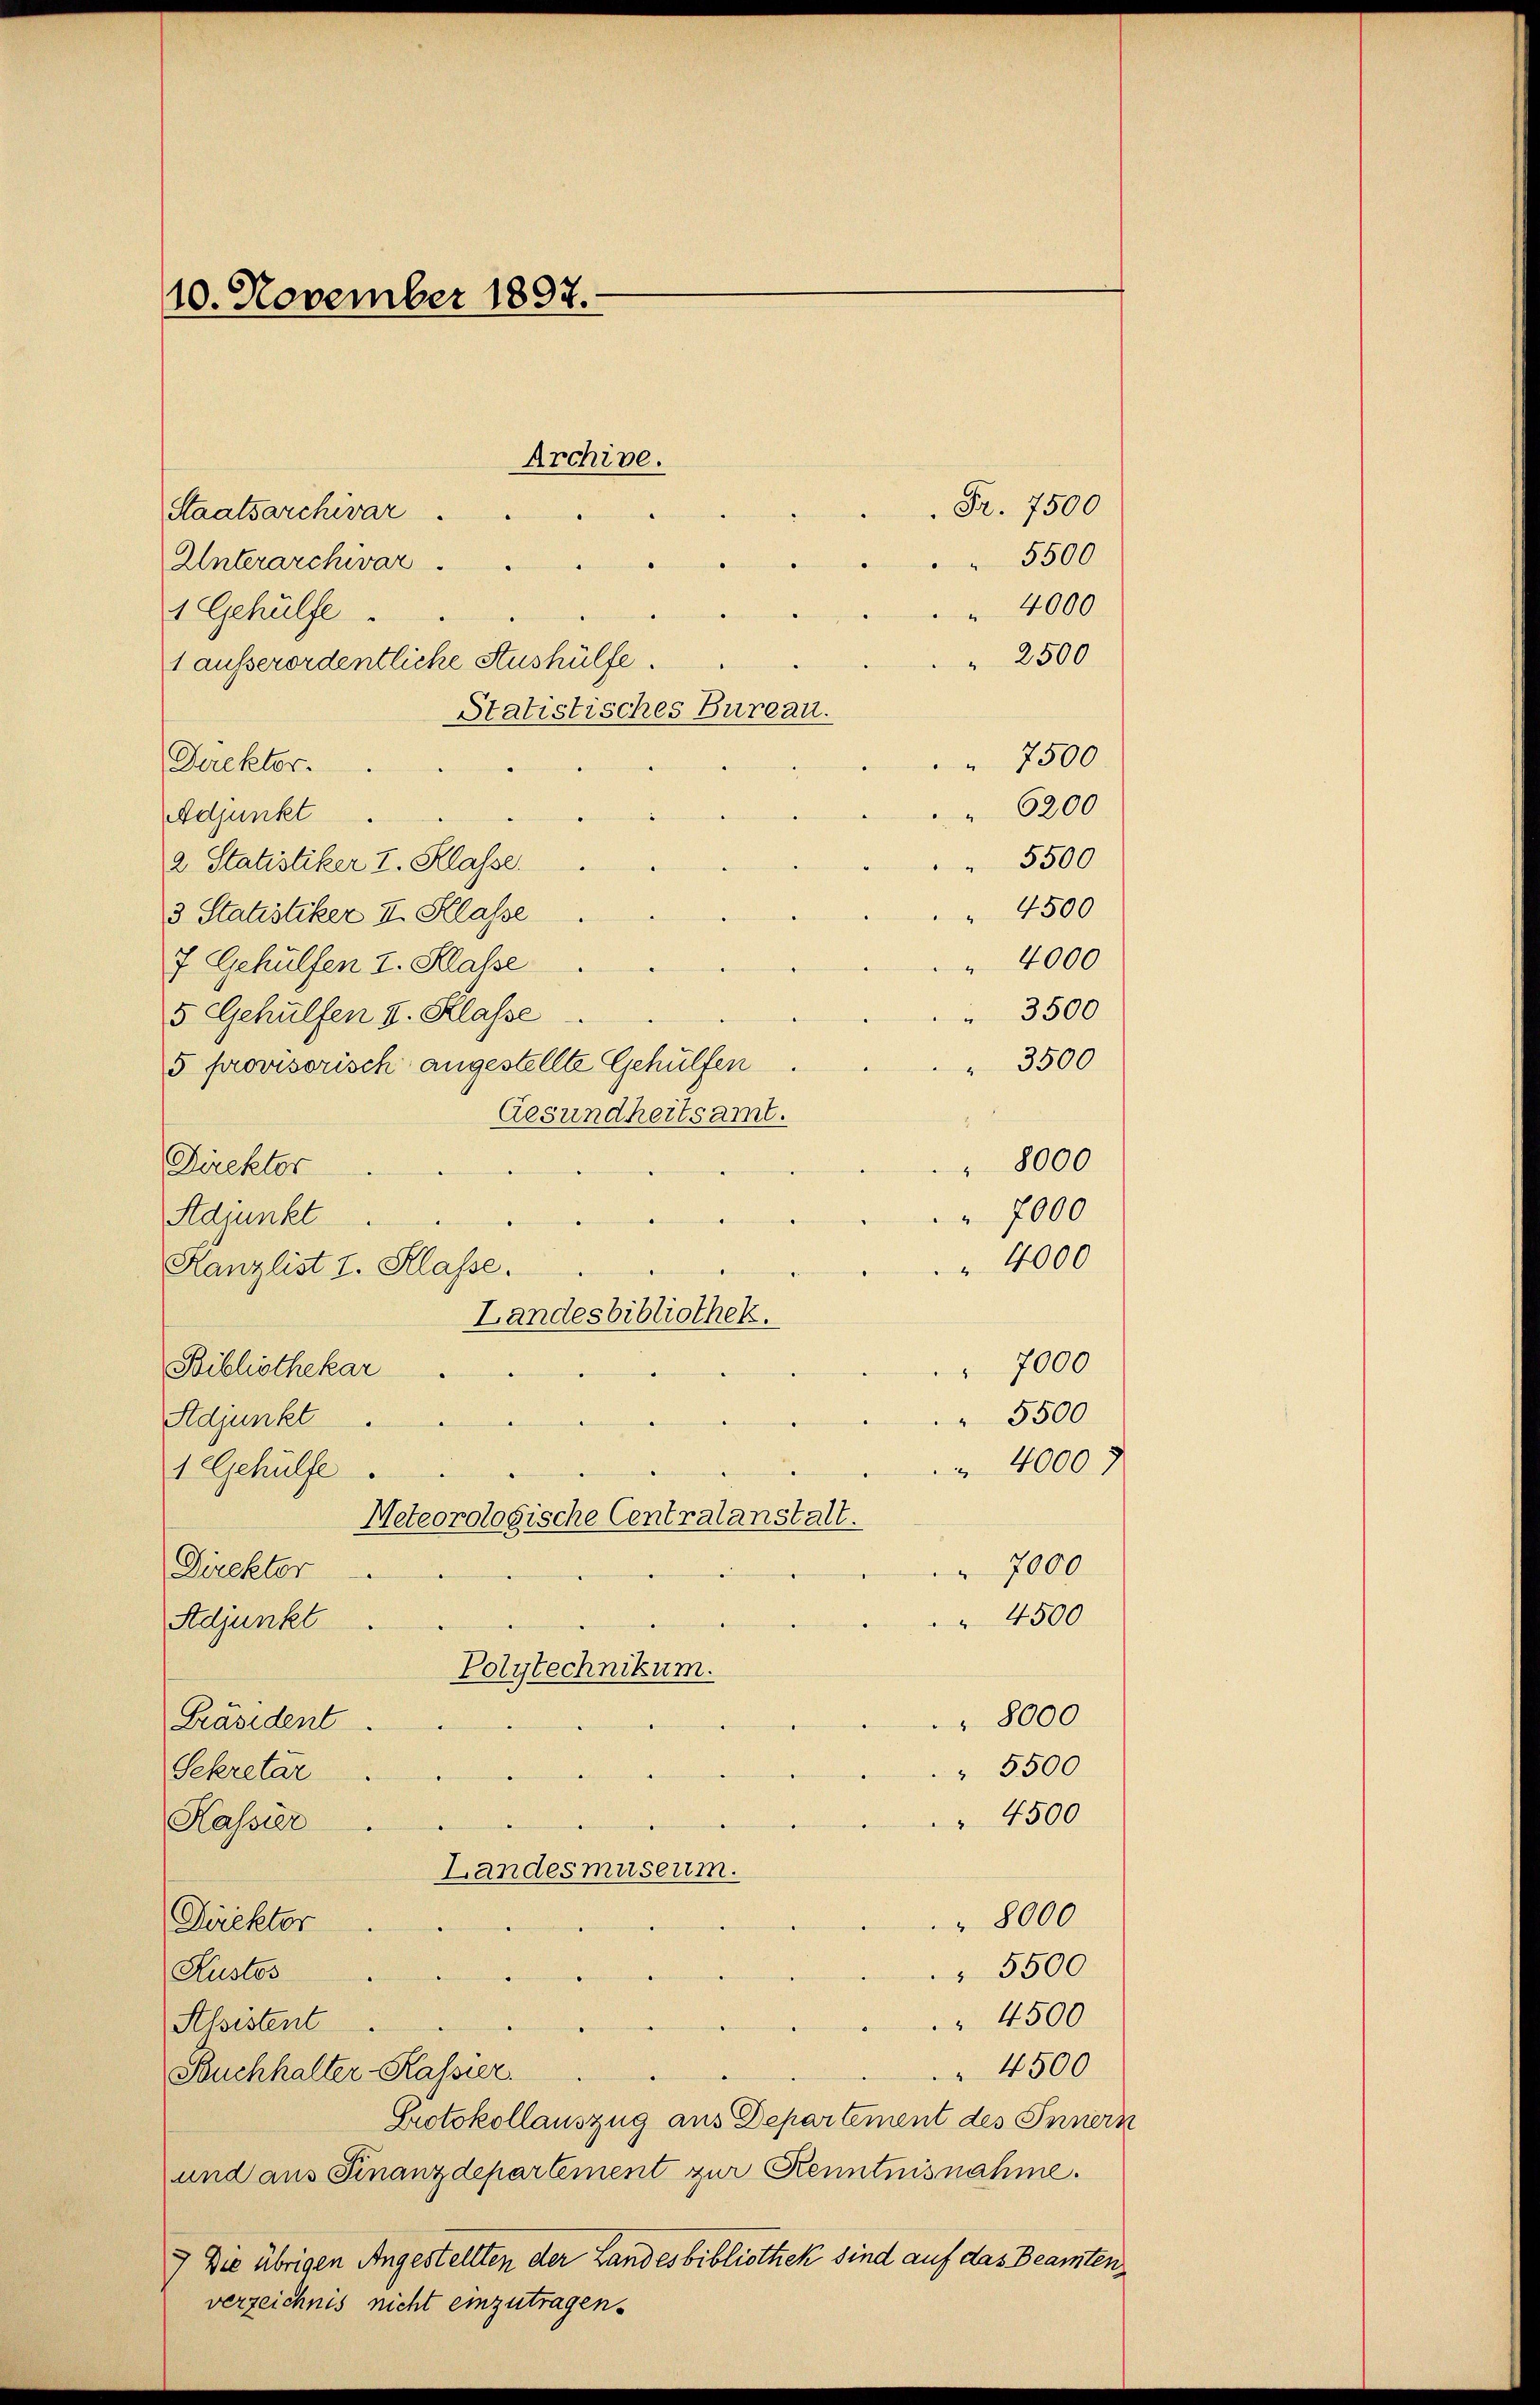
10. November 1897.

Staatsarchivar.
Unterarchivar
 4000
1 Gehülfe
" 2500
1 ausserordentliche Aushülfe.
Statistisches Bureau.
 7500
Direktor.
6200
Adjunkt
5500
2. Statistiker I. Klasse.
 4500
3 Statistiker I. Klasse
 4000
7. Gehülfen I. Klasse
3500
5 Gehülfen I. Klasse
 3500
5 provisorisch angestellte Gehülfen
Gesundheitsamt.
" 8000
Direktor
7000
Adjunkt
" 4000
Kanzlist I. Klasse.
Landesbibliothek.
7000
Bibliothekar
 5500
Adjunkt
 4000 f
1 Gehülfe.
Meteorologische Centralanstalt.
 7000
Direktor
4500
Adjunkt
Polytechnikum.
 8000
Präsident
" 5500
Sekretär
 4500
Kassier
Landesmuseum.
8000
Direktor
 5500
Kustos
 4500
Alsistent
4500
Buchhalter-Kassier.
Protokollauszug aus Departement des Innern
und aus Finanzdepartement zur Kenntnisnahme.
) Die übrigen Angestellten der Landesbibliothek sind auf das Beamten,
verzeichnis nicht einzutragen.

Archive.

Fr. 7500
5500